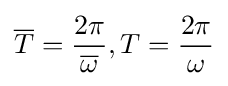
{\overline {T}}={\frac {2\pi }{\overline {\omega }}},T={\frac {2\pi }{\omega }}